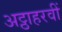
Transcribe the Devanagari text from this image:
अट्ठाहरवीं